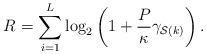
LaTeX: \begin{align*}R_{} = \sum_{i=1}^{L} \log_2 \left(1 +\frac{P}{\kappa} \gamma_{\mathcal{S}(k)}\right).\end{align*}